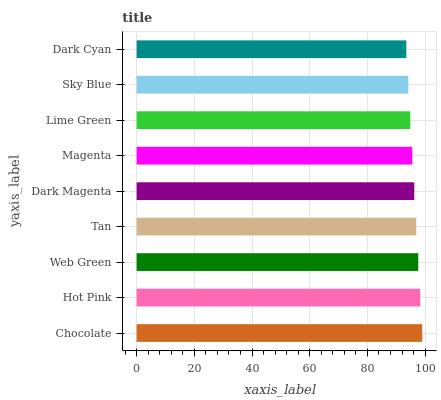
| yaxis_label | bars |
 | --- | --- |
 | Chocolate | 99 |
 | Hot Pink | 98.3 |
 | Web Green | 97.6 |
 | Tan | 96.9 |
 | Dark Magenta | 96.2 |
 | Magenta | 95.6 |
 | Lime Green | 94.9 |
 | Sky Blue | 94.2 |
 | Dark Cyan | 93.5 |